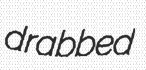
drabbed